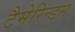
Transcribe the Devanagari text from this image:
टैमेरिन्डस